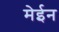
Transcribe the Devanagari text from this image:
मेईन